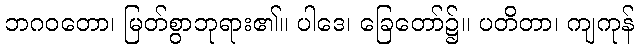
ဘဂဝတော၊ မြတ်စွာဘုရား၏။ ပါဒေ၊ ခြေတော်၌။ ပတိတာ၊ ကျကုန်